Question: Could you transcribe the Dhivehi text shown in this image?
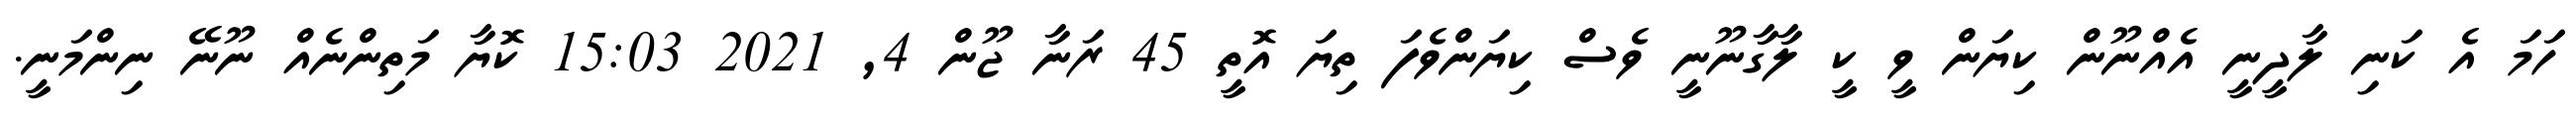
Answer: ހަމަ އެ ކަނި ލާދީނީ އެއްނޫން ކިޔަން ވީ ކީ ލާގާނޫނީ ވެސް ކިޔަންވެފަ ތިޔަ އޮތީ 45 ރަނާ ޖޫން 4, 2021 15:03 ކޮޔާ މަތިންނެއް ނޫނޭ ނިންމަނީ.